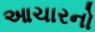
આચારનો